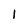
Character: 1